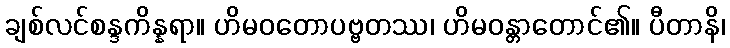
ချစ်လင်စန္ဒကိန္နရာ။ ဟိမဝတောပဗ္ဗတဿ၊ ဟိမဝန္တာတောင်၏။ ပီတာနိ၊